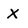
Character: X